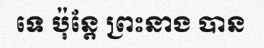
ទេ ប៉ុន្តែ ព្រះនាង បាន